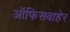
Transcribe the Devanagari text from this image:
ऑफिसबाहेर